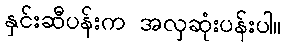
နှင်းဆီပန်းက အလှဆုံးပန်းပါ။